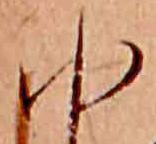
ゆ